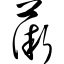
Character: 薇